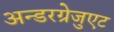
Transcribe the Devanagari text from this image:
अन्डरग्रेजुएट